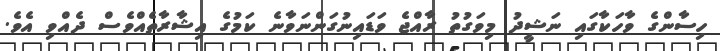
ހިސާންގެ ވާހަކާގައި ނަޝީދު މިވަގުތު ރާއްޖެ ވަޑައިނުގަންނަވާނެ ކަމުގެ އިޝާރާތެއްވެސް ދެއްވި އެވެ.